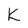
Character: k